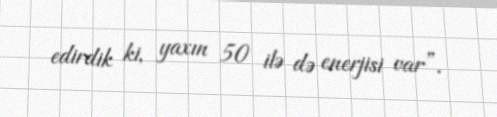
edirdik ki, yaxın 50 ilə də enerjisi var”.